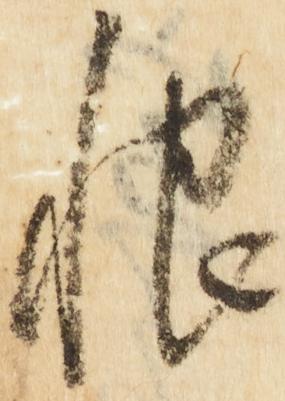
恨